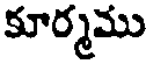
కూర్మము